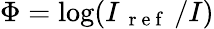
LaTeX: \Phi=\log(I_{\mathrm{~{~r~e~f~}~}}/I)